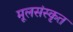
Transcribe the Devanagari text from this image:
मूलसंस्कृत